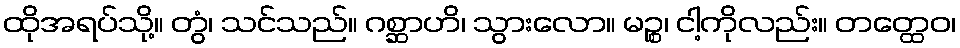
ထိုအရပ်သို့။ တွံ၊ သင်သည်။ ဂစ္ဆာဟိ၊ သွားလော။ မဉ္စ၊ ငါ့ကိုလည်း။ တတ္ထေဝ၊